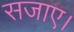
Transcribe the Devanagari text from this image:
सजाए।